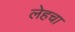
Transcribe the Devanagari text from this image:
लेहचा